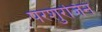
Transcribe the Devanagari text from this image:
परशुरजिनं